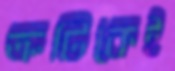
ত্রুটিকেই